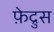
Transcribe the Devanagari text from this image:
फ़ेद्रुस